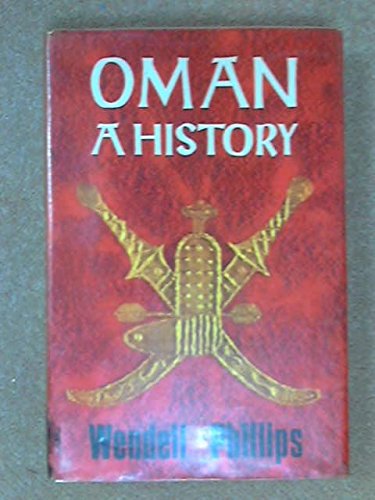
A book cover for Oman: a History; Wendell. PHILLIPS; History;